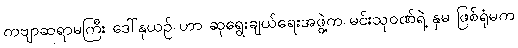
ကဗျာဆရာမကြီး ဒေါ်နုယဉ် ဟာ ဆုရွေးချယ်ရေးအဖွဲ့က မင်းသုဝဏ်ရဲ့ နှမ ဖြစ်ရုံမက